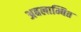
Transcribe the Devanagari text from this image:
अबलाम्बित